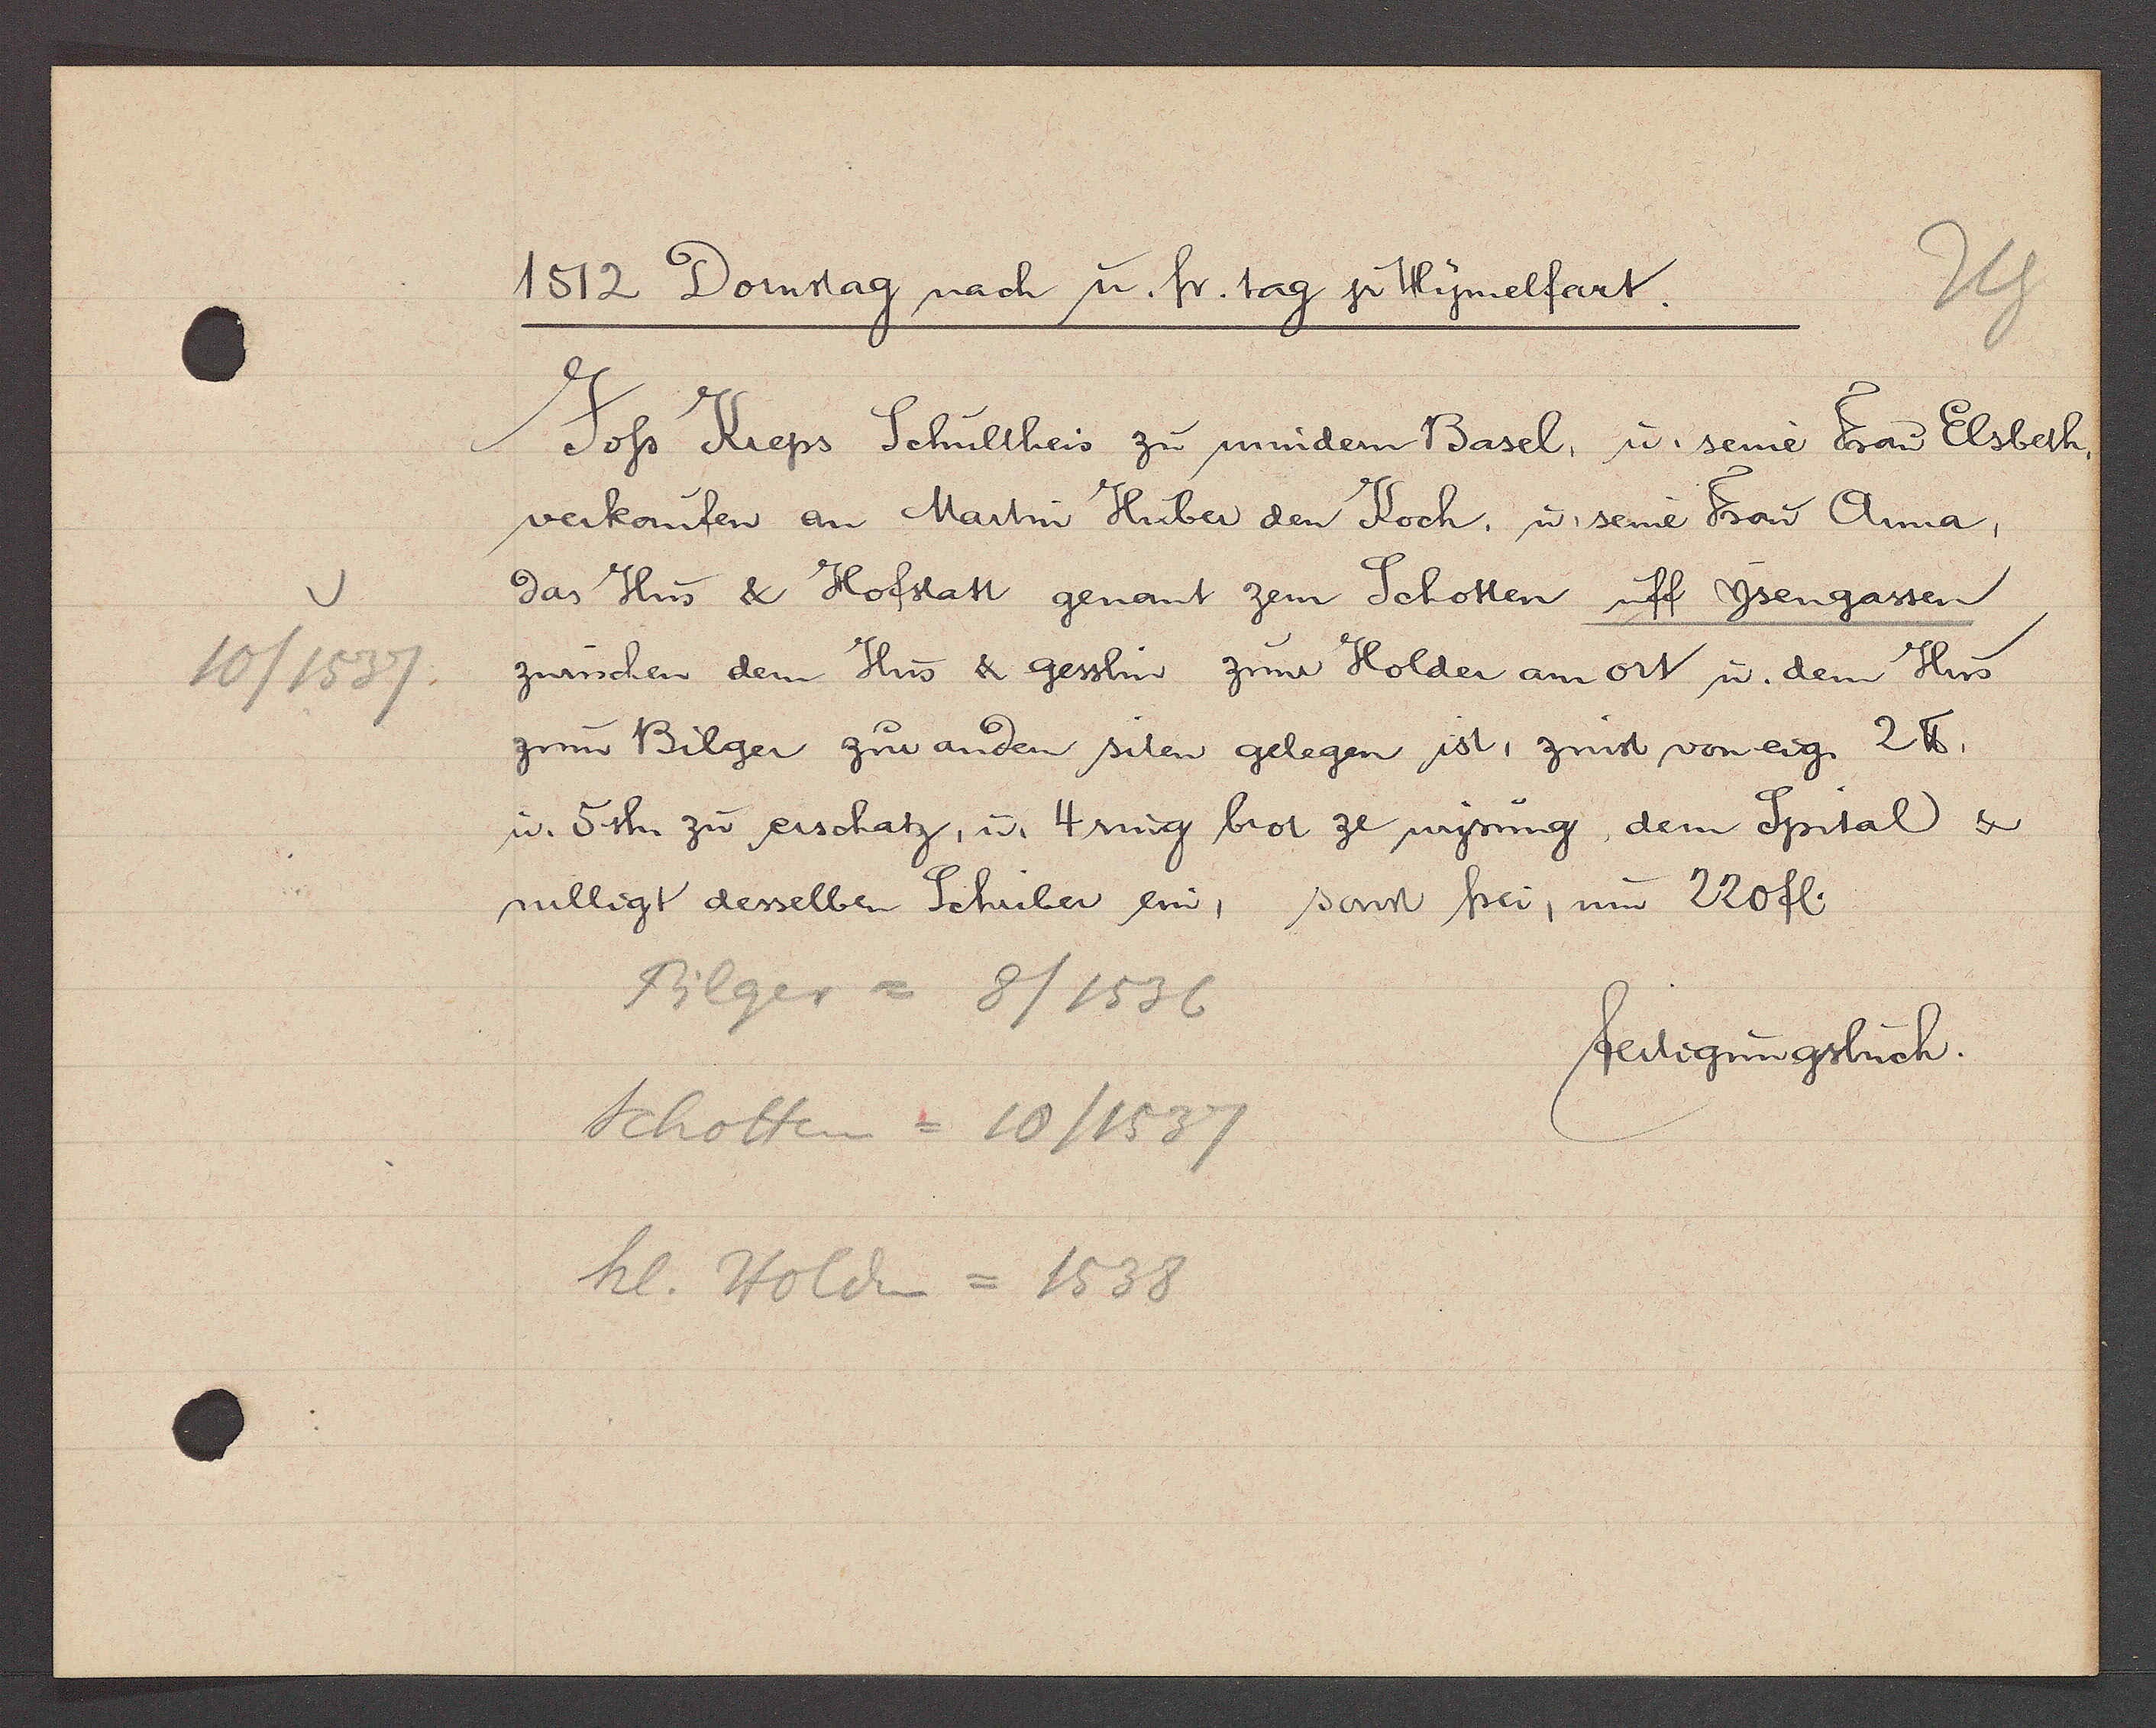
Transcript:
10/1537

1512 Domstag nach u. fr. tag jr Hymelfart.

Joss Kieps Schultheis zu mindern Basel, u. seine Frau Elsbeth,
verkaufen an Martin Huber den Koch, u. seine Frau Anna,
das Hus & Hofstatt genant zem Schotten uff Ysengassen
zwüschen dem Hus & gesslin zum Holder am ort u. dem Hus
zum Bilger zur anden siten gelegen ist, zinst von eig. 2 ℔,
u. 5sh. zu erschatz, u. 4 ring brot ze wysung, dem Spital &
willigt desselben Schriber ein, sonst frei, um 220 fl.

Filger = 8/1536
Scholten = 10/1537
hl. Holden = 1538

fertigungsbuch.